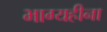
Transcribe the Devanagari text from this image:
भाग्यहीना